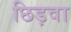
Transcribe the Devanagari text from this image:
छिड़वा